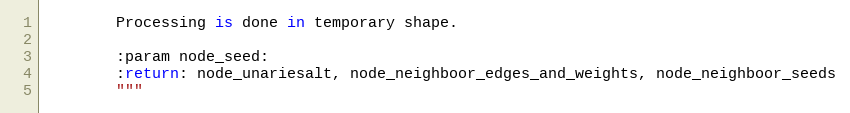
Language: Python
        Processing is done in temporary shape.

        :param node_seed:
        :return: node_unariesalt, node_neighboor_edges_and_weights, node_neighboor_seeds
        """